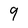
Character: 9